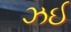
ઝઈ